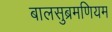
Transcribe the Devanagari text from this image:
बालसुब्रमणियम